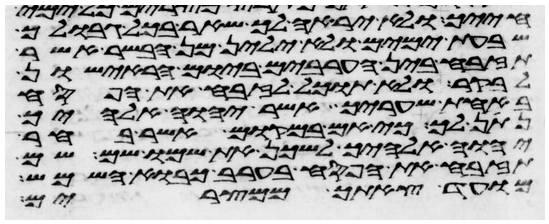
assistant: חייך ולא יראה לך שאר בכל גבולך
שבעת ימים ולא ילין מן הבשר אשר
תזבח בין הערבים ביום הראישון
לבקר ולא תוכל לזבח את הפסח
באחת שעריך אשר יהוה אלהיך
נתן לך כי אם במקום אשר בחר
יהוה אלהיך לשכן את שמו שם שם
תזבח את הפסח בערב כבוא השמש
מועד צאתך ממצרים